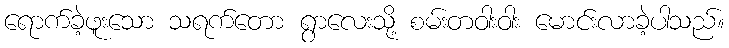
ရောက်ခဲ့ဖူးသော သရက်တော ရွာလေးသို့ စမ်းတဝါးဝါး မောင်းလာခဲ့ပါသည်။